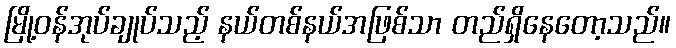
မြို့ဝန်အုပ်ချုပ်သည့် နယ်တစ်နယ်အဖြစ်သာ တည်ရှိနေတော့သည်။